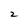
Character: 2